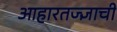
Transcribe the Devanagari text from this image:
आहारतज्‍ज्ञाची